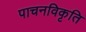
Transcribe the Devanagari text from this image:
पाचनविकृति